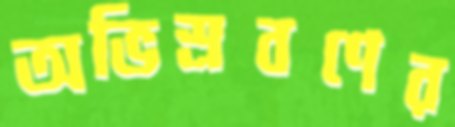
অভিস্রবণের